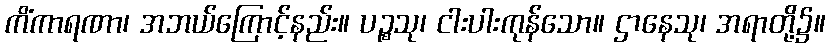
ကိံကာရဏာ၊ အဘယ်ကြောင့်နည်း။ ပဉ္စသု၊ ငါးပါးကုန်သော။ ဌာနေသု၊ အရာတို့၌။